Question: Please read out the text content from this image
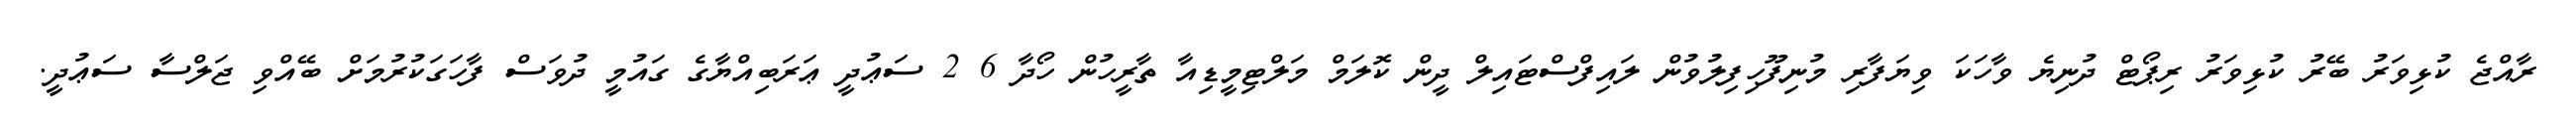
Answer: ރާއްޖެ ކުޅިވަރު ބޭރު ކުޅިވަރު ރިޕޯޓް ދުނިޔެ ވާހަކަ ވިޔަފާރި މުނިފޫހިފިލުވުން ލައިފްސްޓައިލް ދީން ކޮލަމް މަލްޓިމީޑިއާ ތާރީހުން ހޯދާ 6 2 ސަޢުދީ ޢަރަބިއްޔާގެ ގައުމީ ދުވަސް ފާހަގަކުރުމަށް ބޭއްވި ޖަލްސާ ސަޢުދީ.